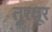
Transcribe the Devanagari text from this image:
तुरवूर